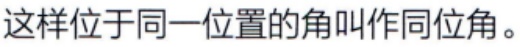
这样位于同一位置的角叫作同位角。